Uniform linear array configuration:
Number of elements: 16
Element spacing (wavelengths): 0.75
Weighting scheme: blackman
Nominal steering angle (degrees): -60
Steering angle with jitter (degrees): -59.776
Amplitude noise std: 0.05
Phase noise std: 0.05

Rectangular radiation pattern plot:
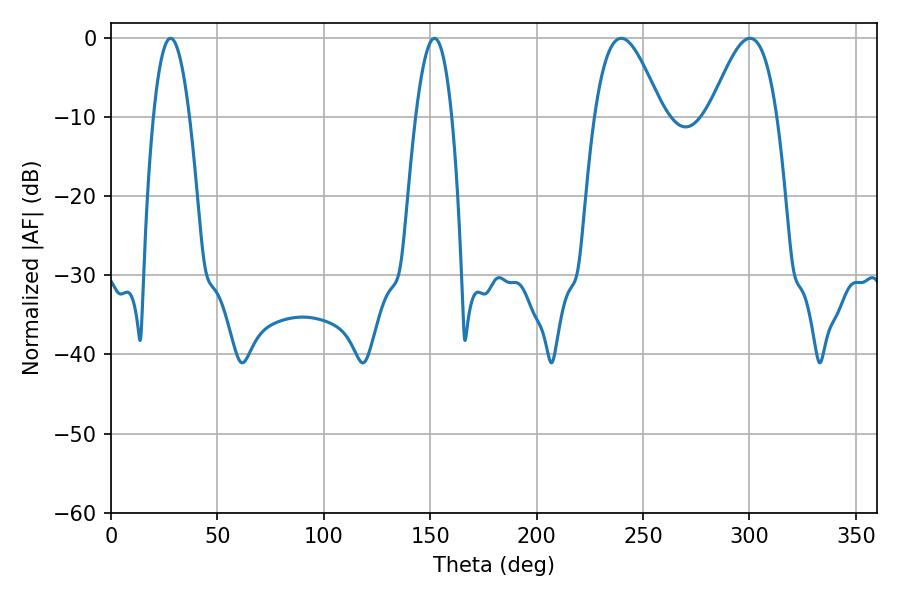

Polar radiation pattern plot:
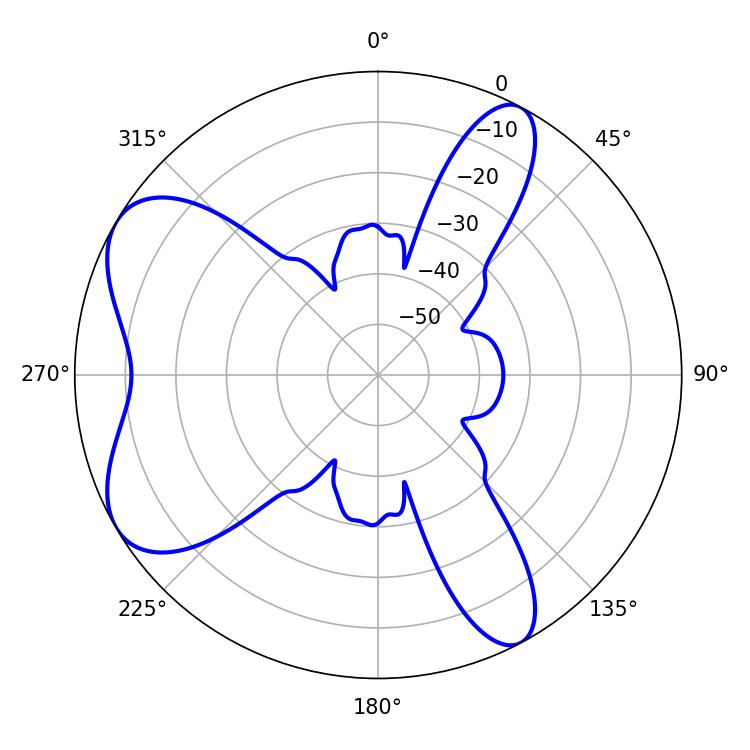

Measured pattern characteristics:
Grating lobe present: TRUE
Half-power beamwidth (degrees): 17.1
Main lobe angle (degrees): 239.76